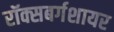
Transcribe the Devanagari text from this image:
रॉक्सबर्गशायर